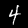
Digit: 4